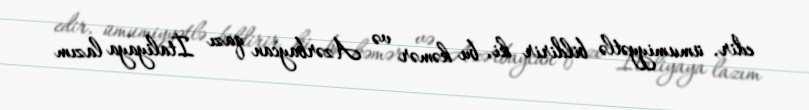
edir, ümumiyyətlə bildirir ki, bu kəmər və Azərbaycan qazı İtaliyaya lazım